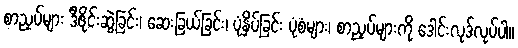
စာညှပ်များ ဒီဇိုင်းဆွဲခြင်း၊ ဆေးခြယ်ခြင်း၊ ပုံနှိပ်ခြင်း ပုံစံများ၊ စာညှပ်များကို ဒေါင်းလုဒ်လုပ်ပါ။